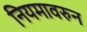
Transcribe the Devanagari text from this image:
नियमावरुन